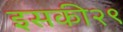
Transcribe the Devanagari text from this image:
इसकी२९